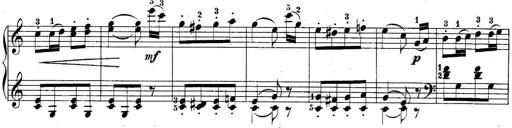
Title: 10 Sonatines progressives
Composer: Anton Schmoll